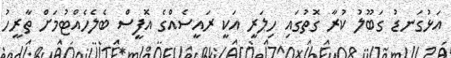
އަޅުގަނޑު ގަބޫލު ކުރާ ގޮތުގައި ހިލަރީ އަކީ ރައީސެއްގެ އޮފީސް ބެލެހެއްޓުމަށް ތާރީހު